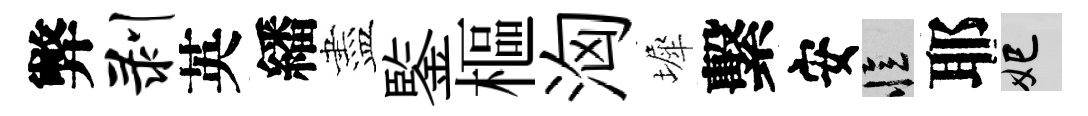
弊剥英繙盡鍳樞洶墀繫安忆耶妃